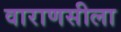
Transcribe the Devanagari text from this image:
वाराणसीला